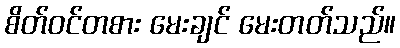
စိတ်ဝင်တစား မေးချင် မေးတတ်သည်။